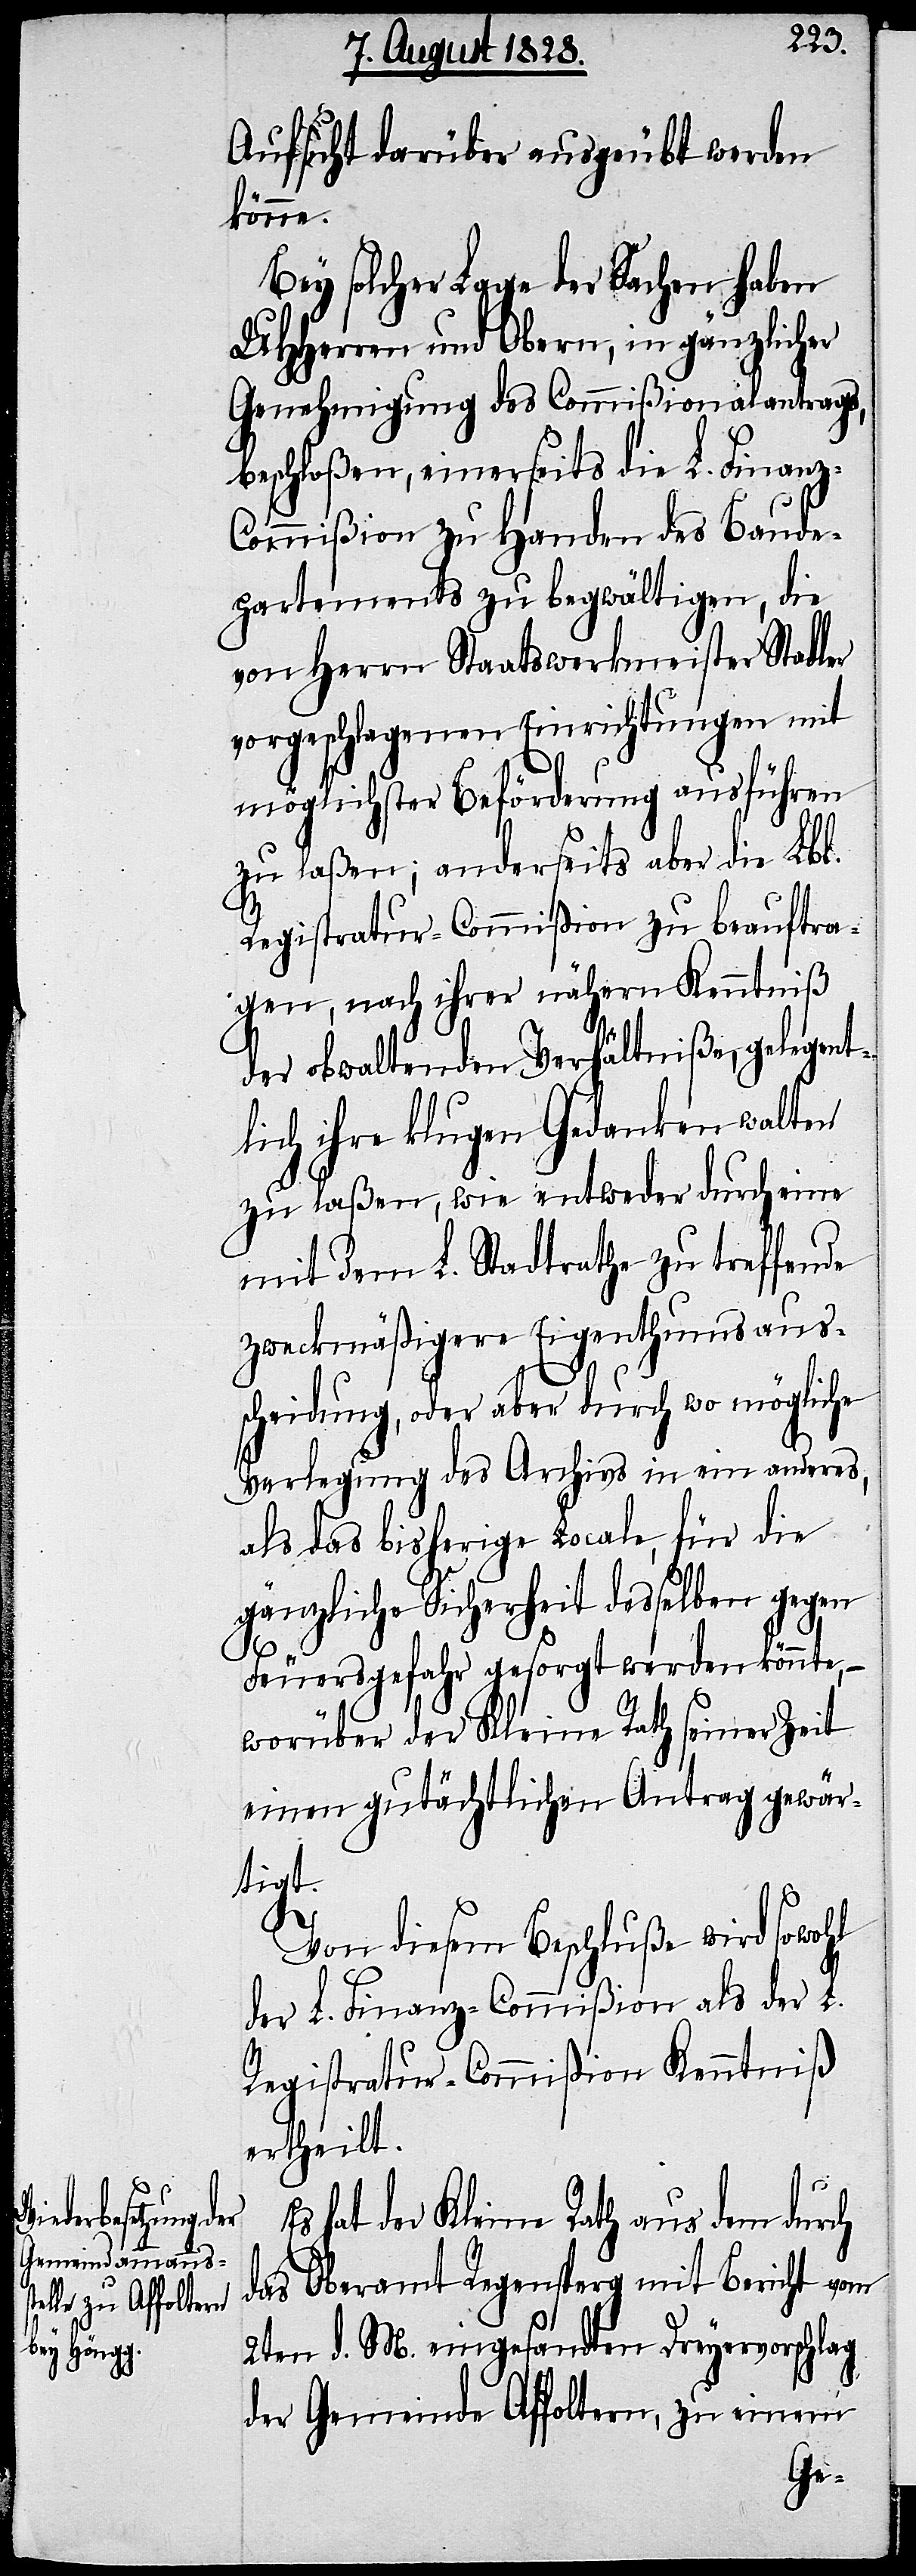
Aufsicht darüber ausgeübt werden
könne.
Bey solcher Lage der Sachen haben
UHHerren und Obern, in gänzlicher
Genehmigung des Commißionalantrags,
beschloßen, einerseits die L. Finanz-C¬
ommißion zu Handen des Baude¬
partements zu begwältigen, die
von Herrn Staatswerkmeister Stadler
vorgeschlagenen Einrichtungen mit
möglichster Beförderung ausführen
zu laßen; anderseits aber die Lbl.
Registratur-Commißion zu beauftra¬
gen, nach ihrer nähern Kenntniß
der obwaltenden Verhältniße, gelegent¬
lich ihre klugen Gedanken walten
zu laßen, wie entweder durch eine
mit dem L. Stadtrathe zu treffende
zweckmäßigere Eigenthumsaus¬
scheidung, oder aber durch wo mögliche
Verlegung des Archivs in ein anderes,
als das bisherige Locale, für die
gänzliche Sicherheit desselben gegen
Feuersgefahr gesorgt werden könnte,
worüber der Kleine Rath seiner Zeit
einen gutächtlichen Antrag gewär¬
tigt.
Von diesem Beschluße wird sowohl
der L. Finanz-Commißion als der L.
Registratur-Commißion Kenntniß
ertheilt.
Es hat der Kleine Rath aus dem durch
das Oberamt Regensperg mit Bericht vom
2ten d. M. eingesandten Dreyervorschlag
der Gemeinde Affoltern, zu einem